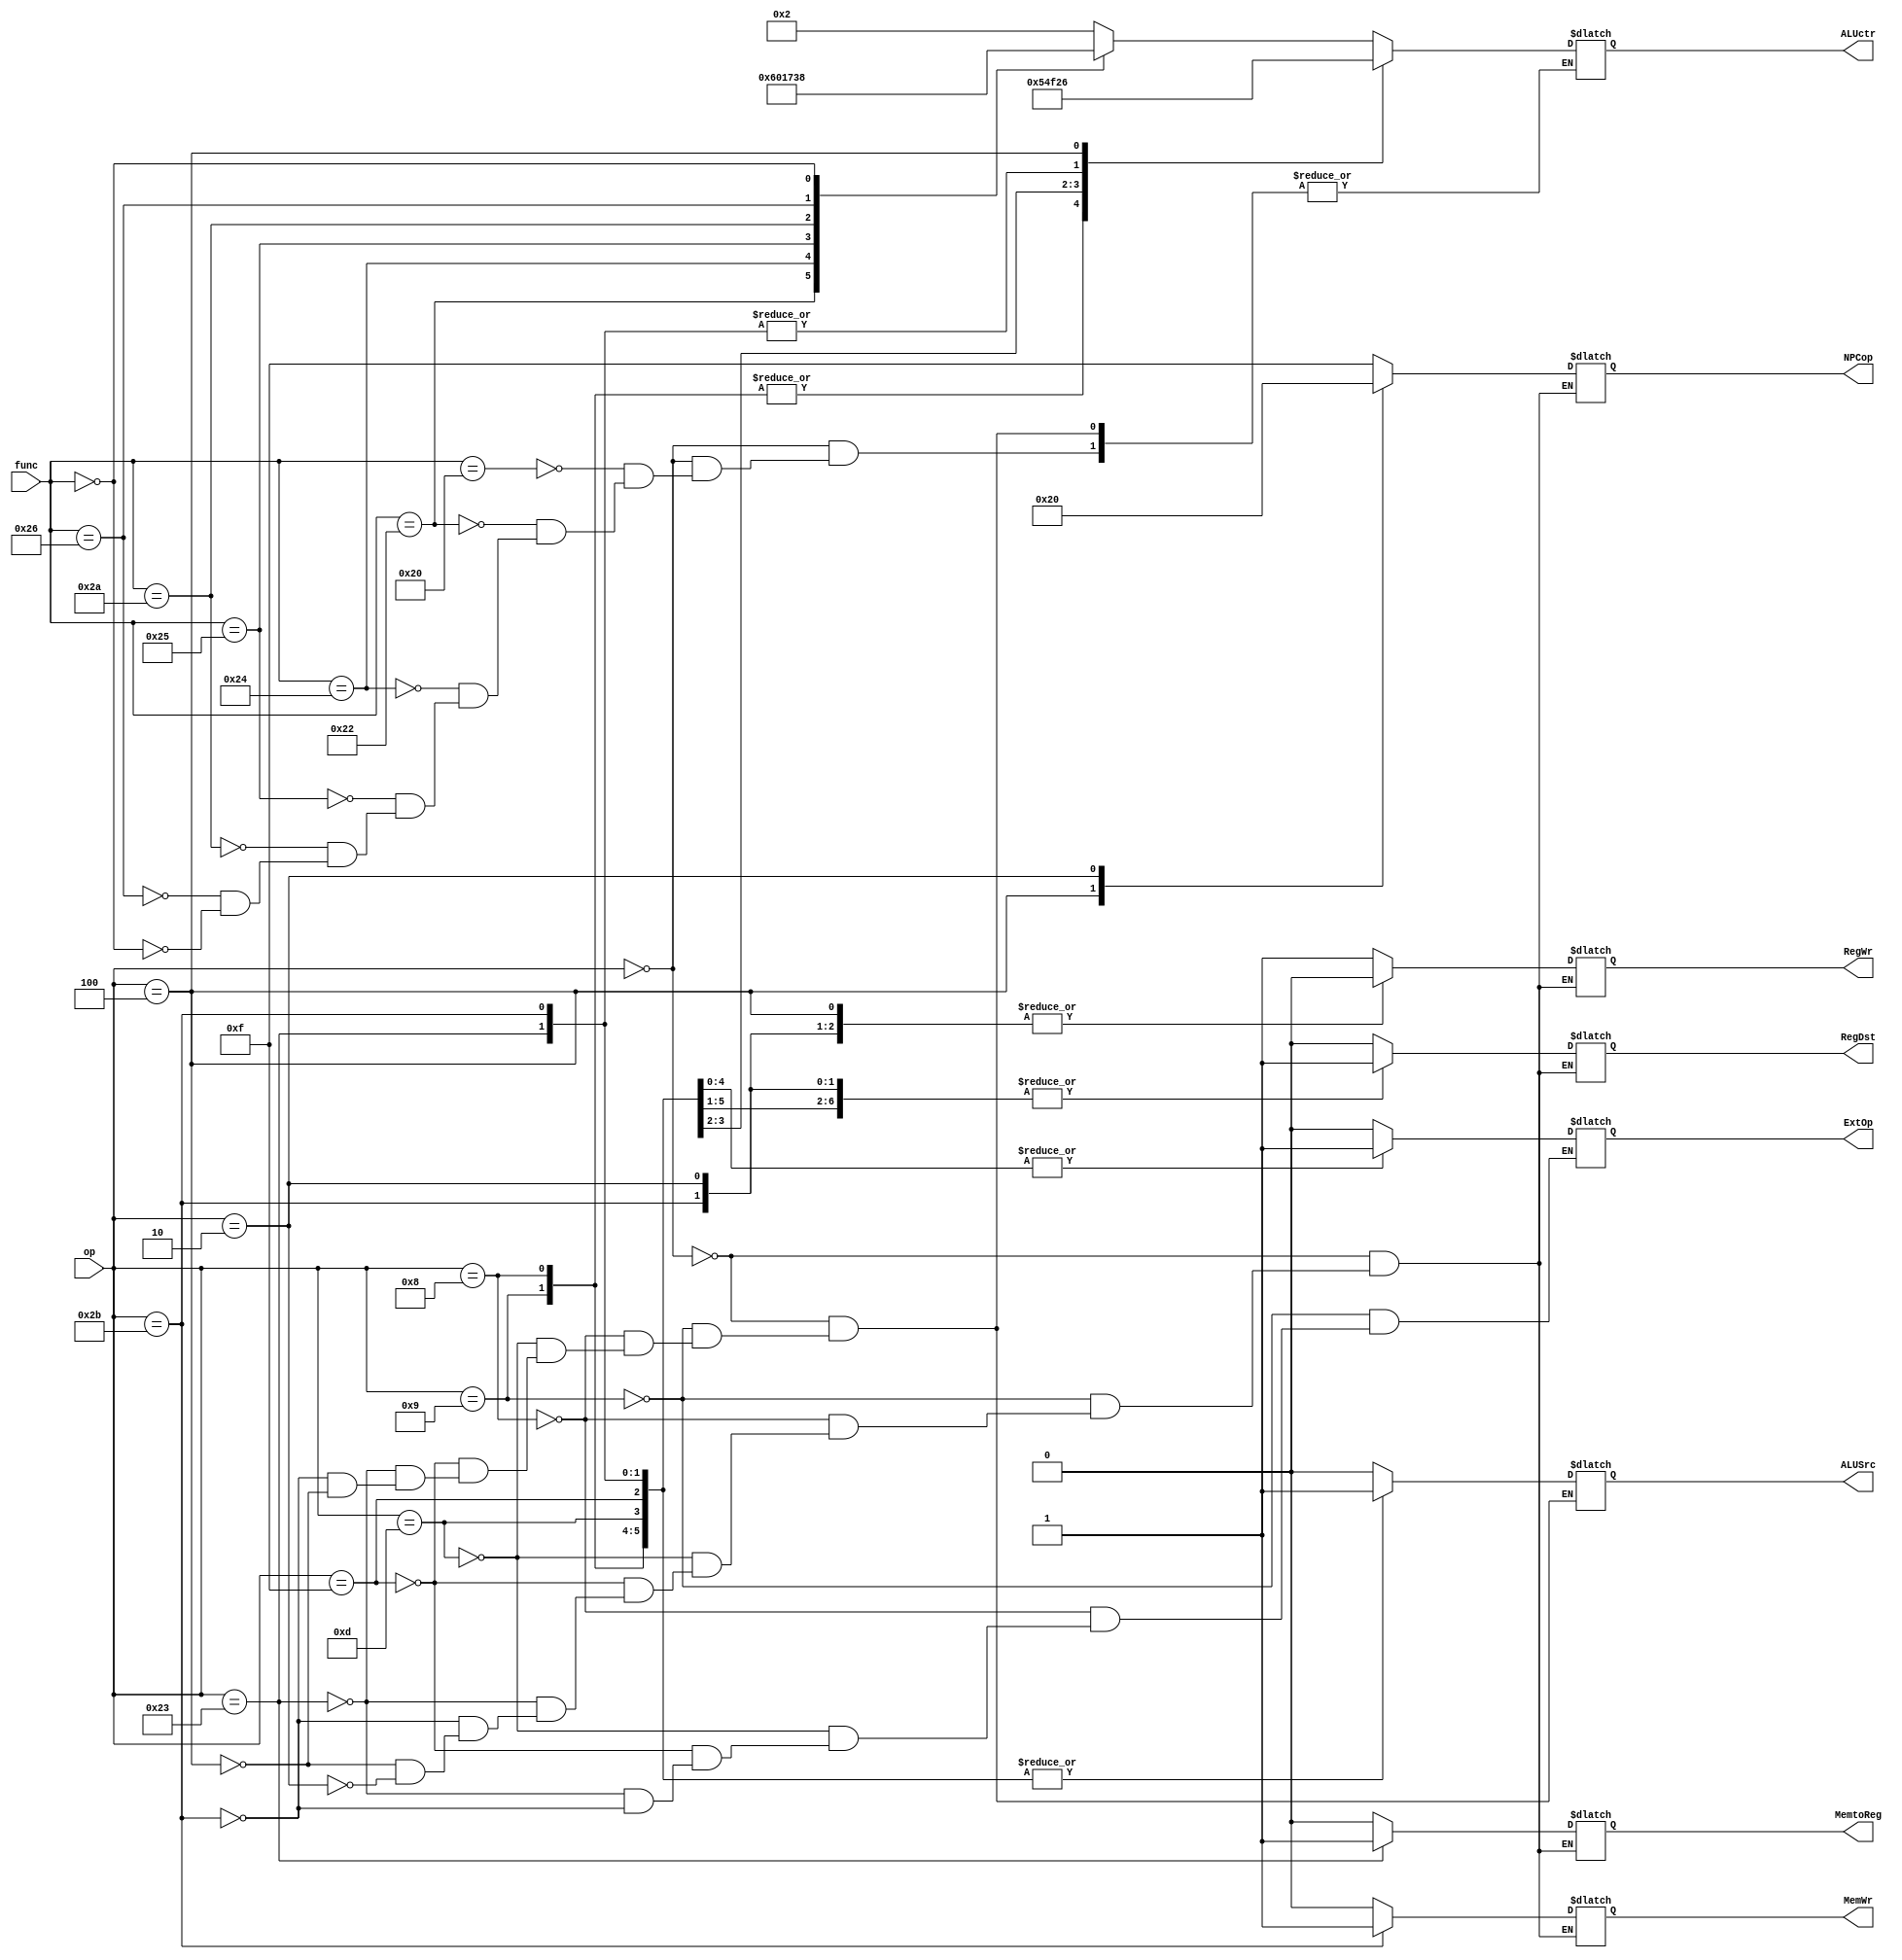
module controller(op, func, RegDst, ALUSrc, MemtoReg, RegWr, MemWr, NPCop, ExtOp, ALUctr);
    // op,  // op
    // func,  // func
    // RegDst,    // 
    // ALUSrc,   // ALU
    // MemtoReg,  // 
    // RegWr,   //
    // MemWr,   // 
    // NPCop, // JumpBeq
    // ExtOp,    // 
    // ALUctr    // ALU

    input [5:0]	op, func;
	
	output reg RegDst, ALUSrc, MemtoReg, RegWr, MemWr, ExtOp;
	output reg[3:0]	ALUctr, NPCop;

    // JumpBranch
    parameter JUMP = 4'b0000;
    parameter JAL  = 4'b0001;
    parameter BEQ  = 4'b0010;
    parameter BNE  = 4'b0011;
    parameter BGEZ = 4'b0100;
    parameter BGTZ = 4'b0101;
    parameter BLEZ = 4'b0110;
    parameter BLTZ = 4'b0111;
    parameter JR   = 4'b1000;
    parameter JALR = 4'b1000;
    parameter ADD4 = 4'b1111;  //  pc + 4 

    // ALU
    parameter AND   = 4'b0000;
    parameter OR    = 4'b0001;
    parameter ADD   = 4'b0010;
    parameter XOR   = 4'b0011;
    parameter ORI   = 4'b0100;
    parameter ADDIU = 4'b0101;
    parameter SUB   = 4'b0110;
    parameter ADDI  = 4'b0111;
    parameter SLL   = 4'b1000;
    parameter SLT   = 4'b0111;   
    parameter LUI   = 4'b1111;  // 

    always @(*) begin
        case(op)
            6'b000000: //  R 
                begin
                    RegDst   = 1'b0;
                    ALUSrc   = 1'b0;
                    MemtoReg = 1'b0; 
                    RegWr    = 1'b1; // 
                    MemWr    = 1'b0; // 
                    NPCop    = ADD4;
                    case(func)
                            6'b100000: ALUctr = ADD;
                            6'b100010: ALUctr = SUB;
                            6'b100100: ALUctr = AND;
                            6'b100101: ALUctr = OR;
                            6'b101010: ALUctr = SLT;
                            6'b100110: ALUctr = XOR;
                            6'b000000: ALUctr = SLL;
                    endcase
                end
            
            6'b001001:	//addiu
                begin
                    RegDst   = 1'b1;
                    ALUSrc   = 1'b1;
                    MemtoReg = 1'b0; 
                    RegWr    = 1'b1; // 
                    MemWr    = 1'b0; // 
                    NPCop    = ADD4;
                    ExtOp    = 1'b0;
                    ALUctr	 = ADDIU;				//addiu
                end

            6'b001000:	//addi
                begin
                    RegDst   = 1'b1;
                    ALUSrc   = 1'b1;
                    MemtoReg = 1'b0; 
                    RegWr    = 1'b1; // 
                    MemWr    = 1'b0; // 
                    NPCop    = ADD4;
                    ExtOp    = 1'b1;
                    ALUctr	 = ADDIU;				//addi
                end

            6'b001101:	//ori
                begin
                    RegDst   = 1'b1;
                    ALUSrc   = 1'b1;
                    MemtoReg = 1'b0; 
                    RegWr    = 1'b1; // 
                    MemWr    = 1'b0; // 
                    NPCop    = ADD4;
                    ExtOp    = 1'b1;
                    ALUctr	=	ORI;				//ori
                end
            
            6'b001111:	//lui
                begin
                    RegDst   = 1'b1;  // rtreg
                    ALUSrc   = 1'b1;
                    MemtoReg = 1'b0;  // 
                    RegWr    = 1'b1; // 
                    MemWr    = 1'b0; // 
                    ExtOp    = 1'b1;
                    ALUctr   = LUI ;
                    NPCop    = ADD4;			//lui
                end

            6'b100011:	//lw
                begin
                    RegDst   = 1'b1;
                    MemtoReg = 1'b1; 
                    RegWr    = 1'b1; // 
                    MemWr    = 1'b0; // 
                    NPCop    = ADD4;
                    ExtOp    = 1'b1;
                    ALUSrc   = 1'b1;
                    ALUctr   = ADD;
                    NPCop   =  ADD4;		//addu
                end

            6'b101011:	//sw
                begin
                    RegDst   = 1'b1;
                    MemtoReg = 1'b0; 
                    RegWr    = 1'b0; // 
                    MemWr    = 1'b1; // 
                    NPCop    = ADD4;
                    ExtOp    = 1'b1;
                    ALUSrc   = 1'b1;
                    ALUctr   = ADD;
                    NPCop   =   ADD4;			//addu
                end

            6'b000100:	//beq
                begin
                    RegDst   = 1'b0;
                    MemtoReg = 1'b0; 
                    RegWr    = 1'b0; // 
                    MemWr    = 1'b0; // 
                    NPCop    = BEQ;
                    ALUSrc   = 1'b0;
                    ALUctr   = SUB;
                    NPCop    = BEQ;			//subu
                end

            6'b000010:	//jump
                begin
                    RegDst   = 1'b1;
                    MemtoReg = 1'b0; 
                    RegWr    = 1'b0;
                    MemWr    = 1'b0; // 
                    NPCop   = JUMP;			//Jump
                end
        endcase

        // $display("(controller.v) op: %b func: %b", op, func);
        // $display("(controller.v) RegDst: %b, ALUSrc: %b, MemtoReg: %b, RegWr: %b, MemWr: %b, ExtOp: %b", RegDst, ALUSrc, MemtoReg, RegWr, MemWr, ExtOp);
        // $display("(controller.v) ALUctr: %b, NPCop: %b", ALUctr, NPCop);
    end


endmodule